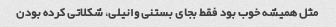
مثل همیشه خوب بود فقط بجای بستنی وانیلی، شکلاتی کرده بودن